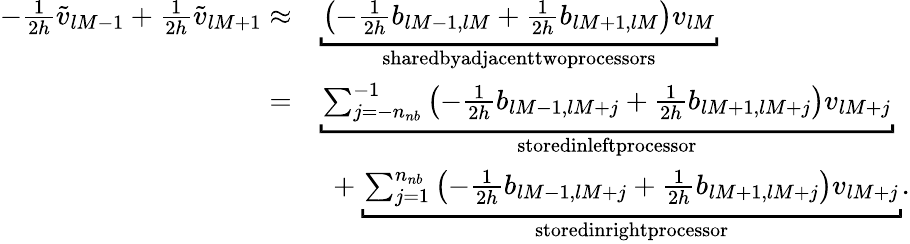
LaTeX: \begin{array}{rl}{-\frac{1}{2h}\widetilde v_{lM-1}+\frac{1}{2h}\widetilde v_{lM+1}\approx}&{\underbracket{\left(-\frac{1}{2h}b_{lM-1,lM}+\frac{1}{2h}b_{lM+1,lM}\right)v_{lM}}_{\textup{sharedbyadjacenttwoprocessors}}}\\ {=}&{\underbracket{\sum_{j=-n_{nb}}^{-1}\left(-\frac{1}{2h}b_{lM-1,lM+j}+\frac{1}{2h}b_{lM+1,lM+j}\right)v_{lM+j}}_{\textup{storedinleftprocessor}}}\\ &{~+\underbracket{\sum_{j=1}^{n_{nb}}\left(-\frac{1}{2h}b_{lM-1,lM+j}+\frac{1}{2h}b_{lM+1,lM+j}\right)v_{lM+j}}_{\textup{storedinrightprocessor}}.}\end{array}